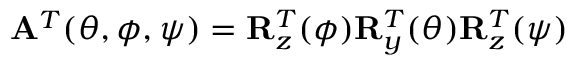
{ \bf A } ^ { T } ( \theta , \phi , \psi ) = { \bf R } _ { z } ^ { T } ( \phi ) { \bf R } _ { y } ^ { T } ( \theta ) { \bf R } _ { z } ^ { T } ( \psi )